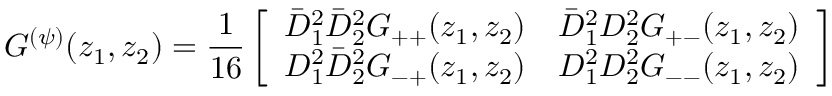
G ^ { ( \psi ) } ( z _ { 1 } , z _ { 2 } ) = \frac { 1 } { 1 6 } \left[ \begin{array} { l l } { { \bar { D } _ { 1 } ^ { 2 } \bar { D } _ { 2 } ^ { 2 } G _ { + + } ( z _ { 1 } , z _ { 2 } ) } } & { { \bar { D } _ { 1 } ^ { 2 } D _ { 2 } ^ { 2 } G _ { + - } ( z _ { 1 } , z _ { 2 } ) } } \\ { { D _ { 1 } ^ { 2 } \bar { D } _ { 2 } ^ { 2 } G _ { - + } ( z _ { 1 } , z _ { 2 } ) } } & { { D _ { 1 } ^ { 2 } D _ { 2 } ^ { 2 } G _ { -- } ( z _ { 1 } , z _ { 2 } ) } } \end{array} \right]